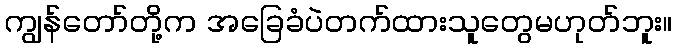
ကျွန်တော်တို့က အခြေခံပဲတက်ထားသူတွေမဟုတ်ဘူး။